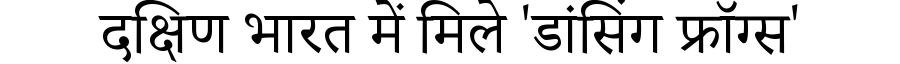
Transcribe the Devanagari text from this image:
दक्षिण भारत में मिले 'डांसिंग फ्रॉग्स'